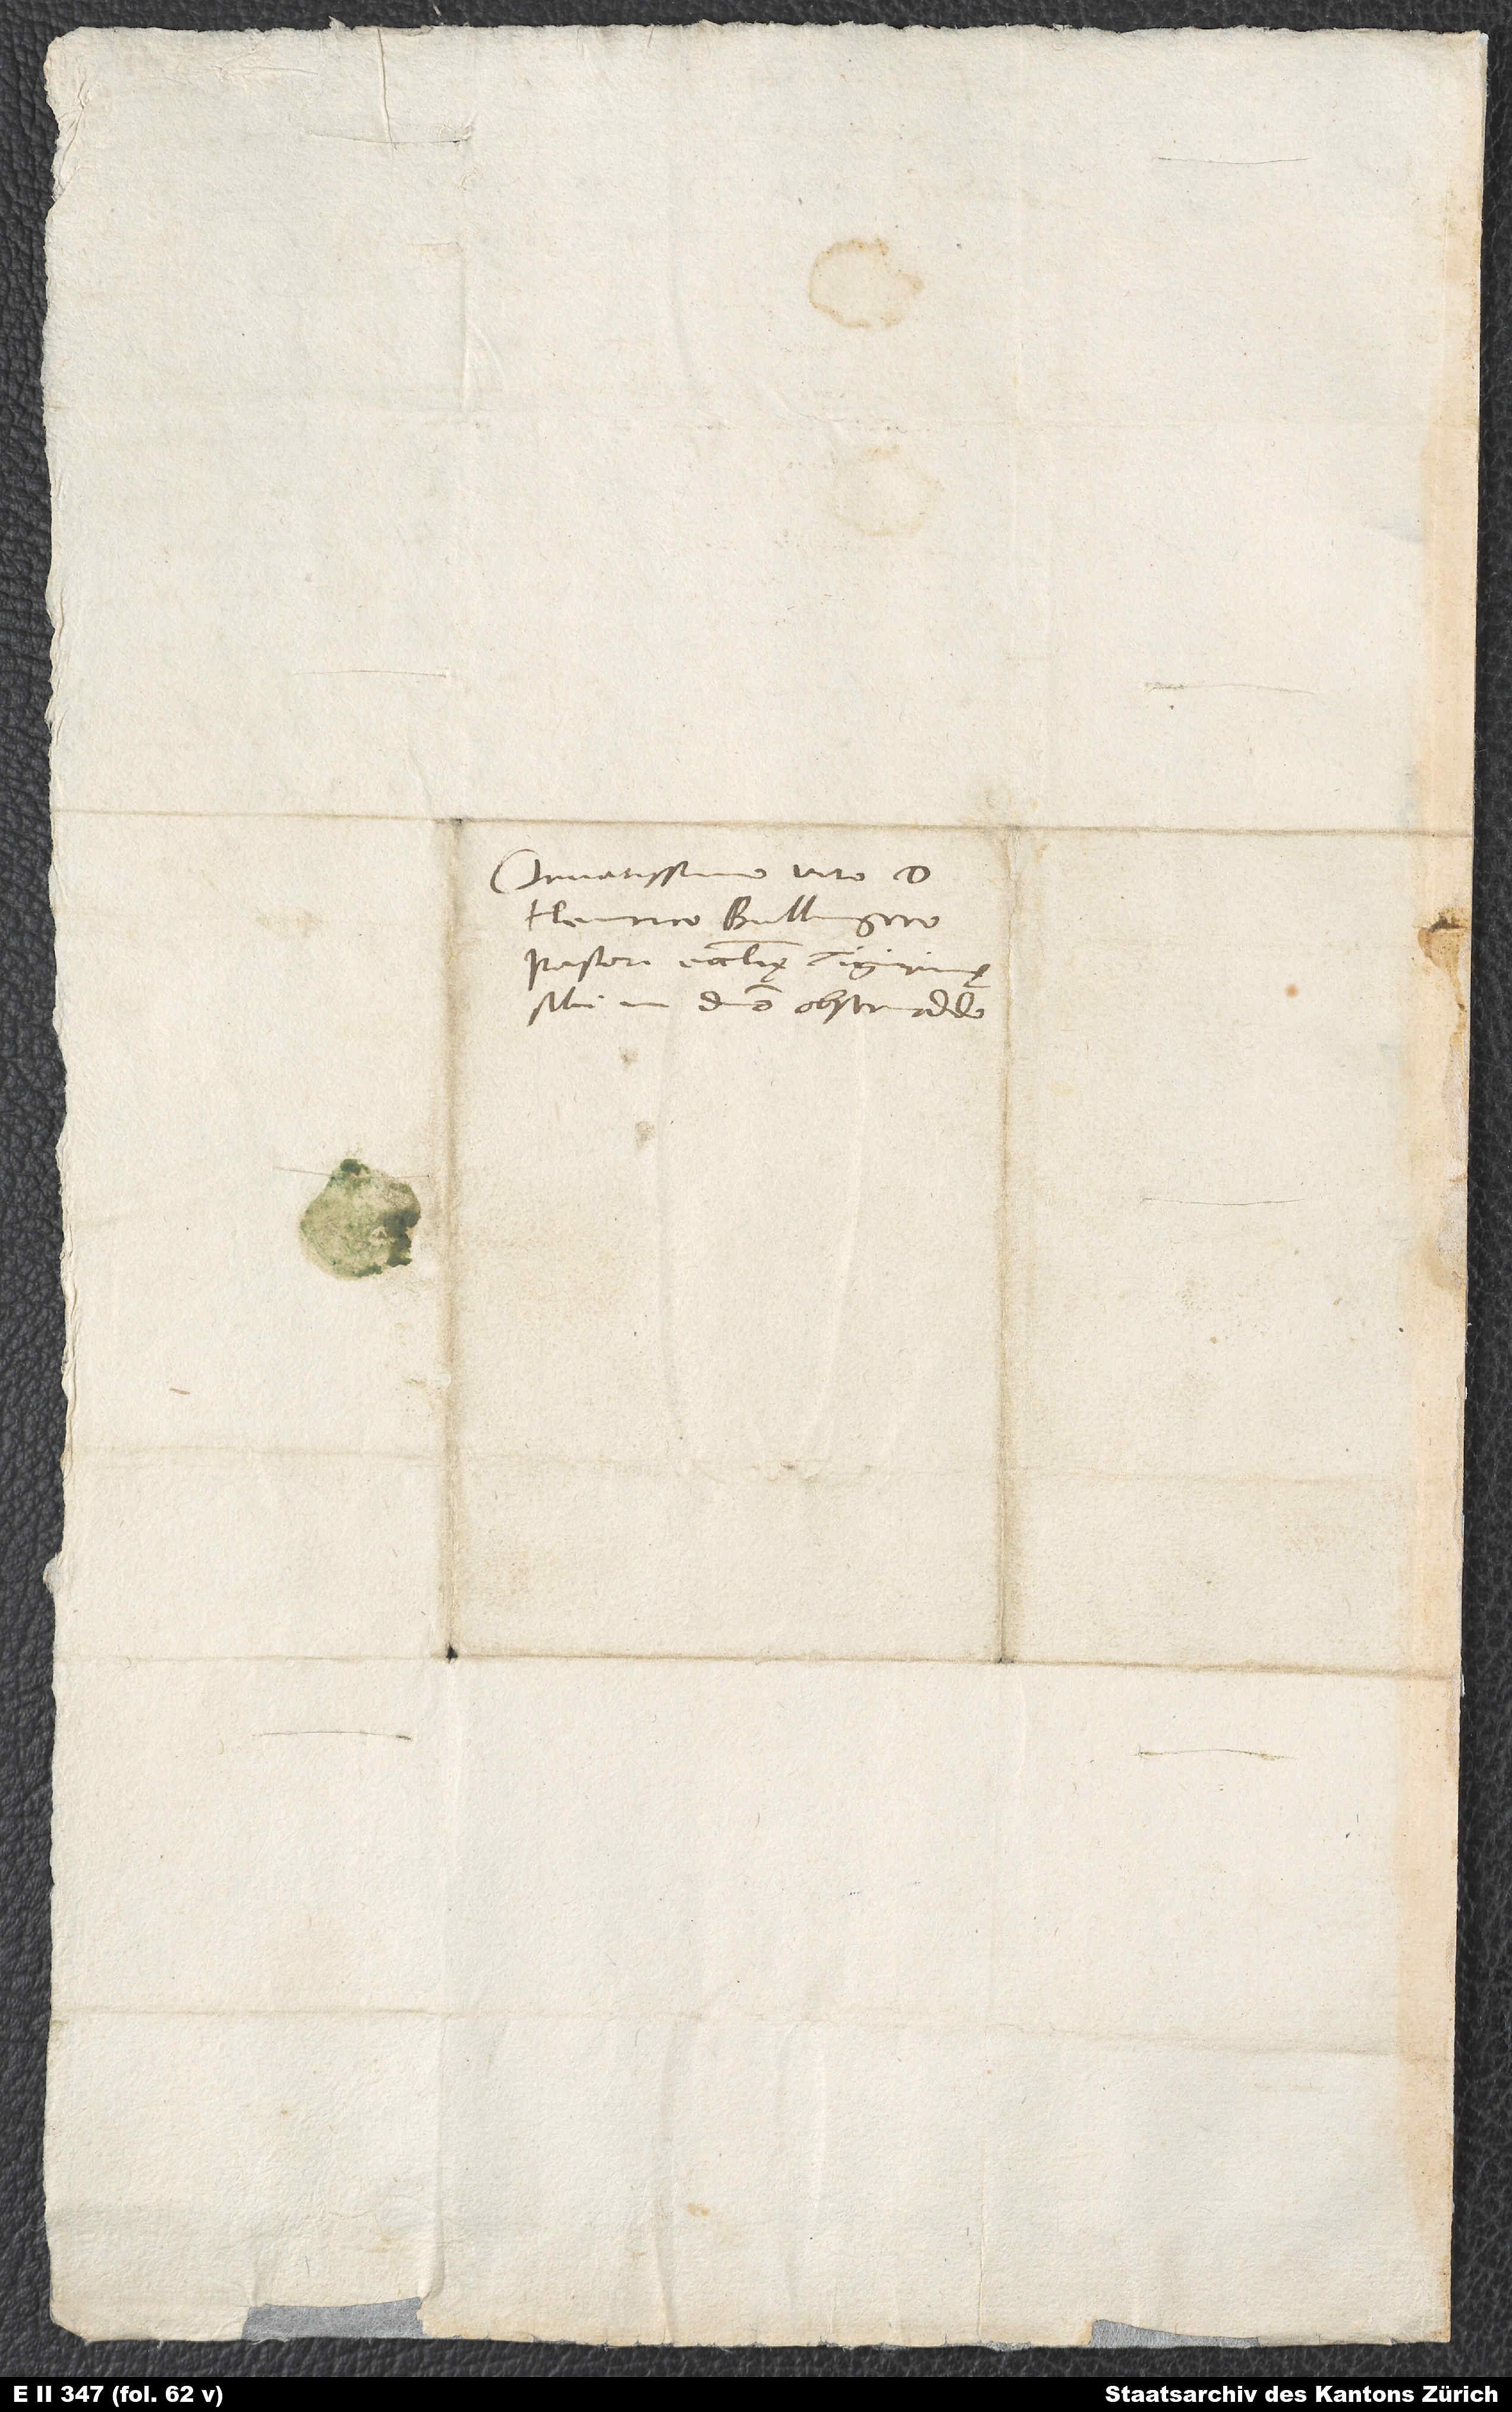
Ornatissimo viro d.
Henrico Bullingero,
pastori ecclesię Tigurinę,
sibi in domino observando.